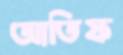
আতিফ